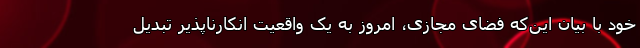
خود با بیان این‌که فضای مجازی، امروز به یک واقعیت انکارناپذیر تبدیل